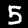
Digit: 5